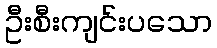
ဦးစီးကျင်းပသော